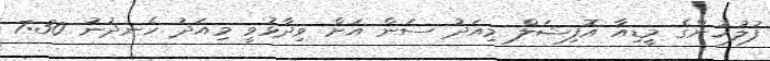
ފުލުހުންގެ މީޑިއާ އޮފިޝަލް މިއަދު ސަން އަށް ވިދާޅުވީ މިއަދު ހެނދުނު 7:30